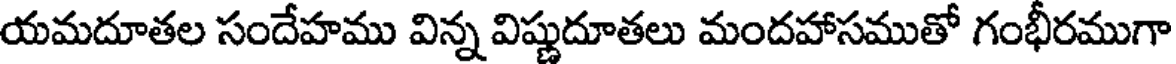
యమదూతల సందేహము విన్న విష్ణుదూతలు మందహాసముతో గంభీరముగా